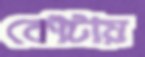
কৌটায়